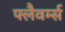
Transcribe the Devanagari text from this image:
फ्लैवर्म्स